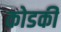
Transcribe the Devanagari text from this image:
कोडकी